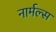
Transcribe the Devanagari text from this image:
नार्मल्स